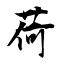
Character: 荷